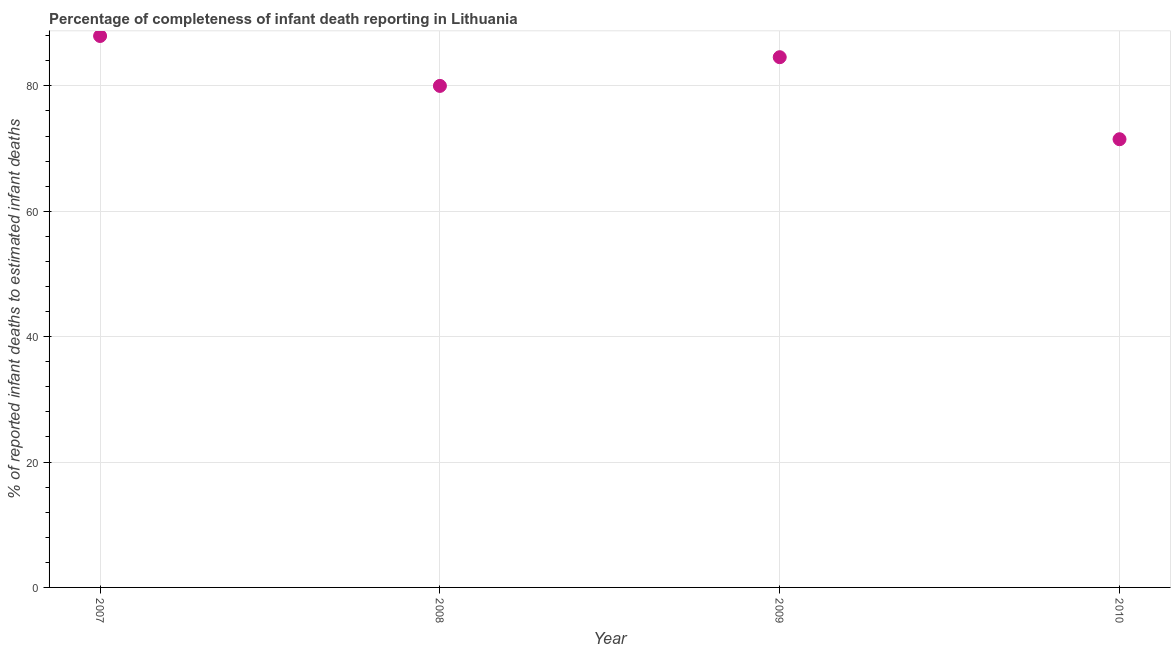
| Year | Completeness of infant death reporting |
 | --- | --- |
 | 2007 | 88 |
 | 2008 | 80 |
 | 2009 | 84.6 |
 | 2010 | 71.5 |